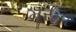
મૂરત